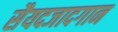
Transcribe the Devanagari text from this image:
सैयदजादगान